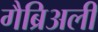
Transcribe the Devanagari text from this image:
गैब्रिअली